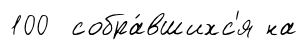
100 собра́вшихс'я на